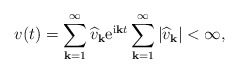
\begin{align*}v(t)=\sum_{\mathbf{k}=1}^{\infty} \widehat{v}_{\mathbf{k}}{\rm e}^{{\rm i}\mathbf{k}t} \sum_{\mathbf{k}=1}^{\infty} |\widehat{v}_{\mathbf{k}}|<\infty,\end{align*}